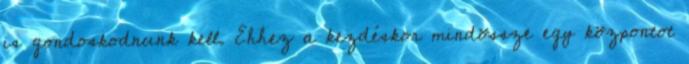
is gondoskodnunk kell. Ehhez a kezdéskor mindössze egy központot